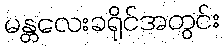
မန္တလေးခရိုင်အတွင်း